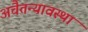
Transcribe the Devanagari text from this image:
अचैतन्यावस्था